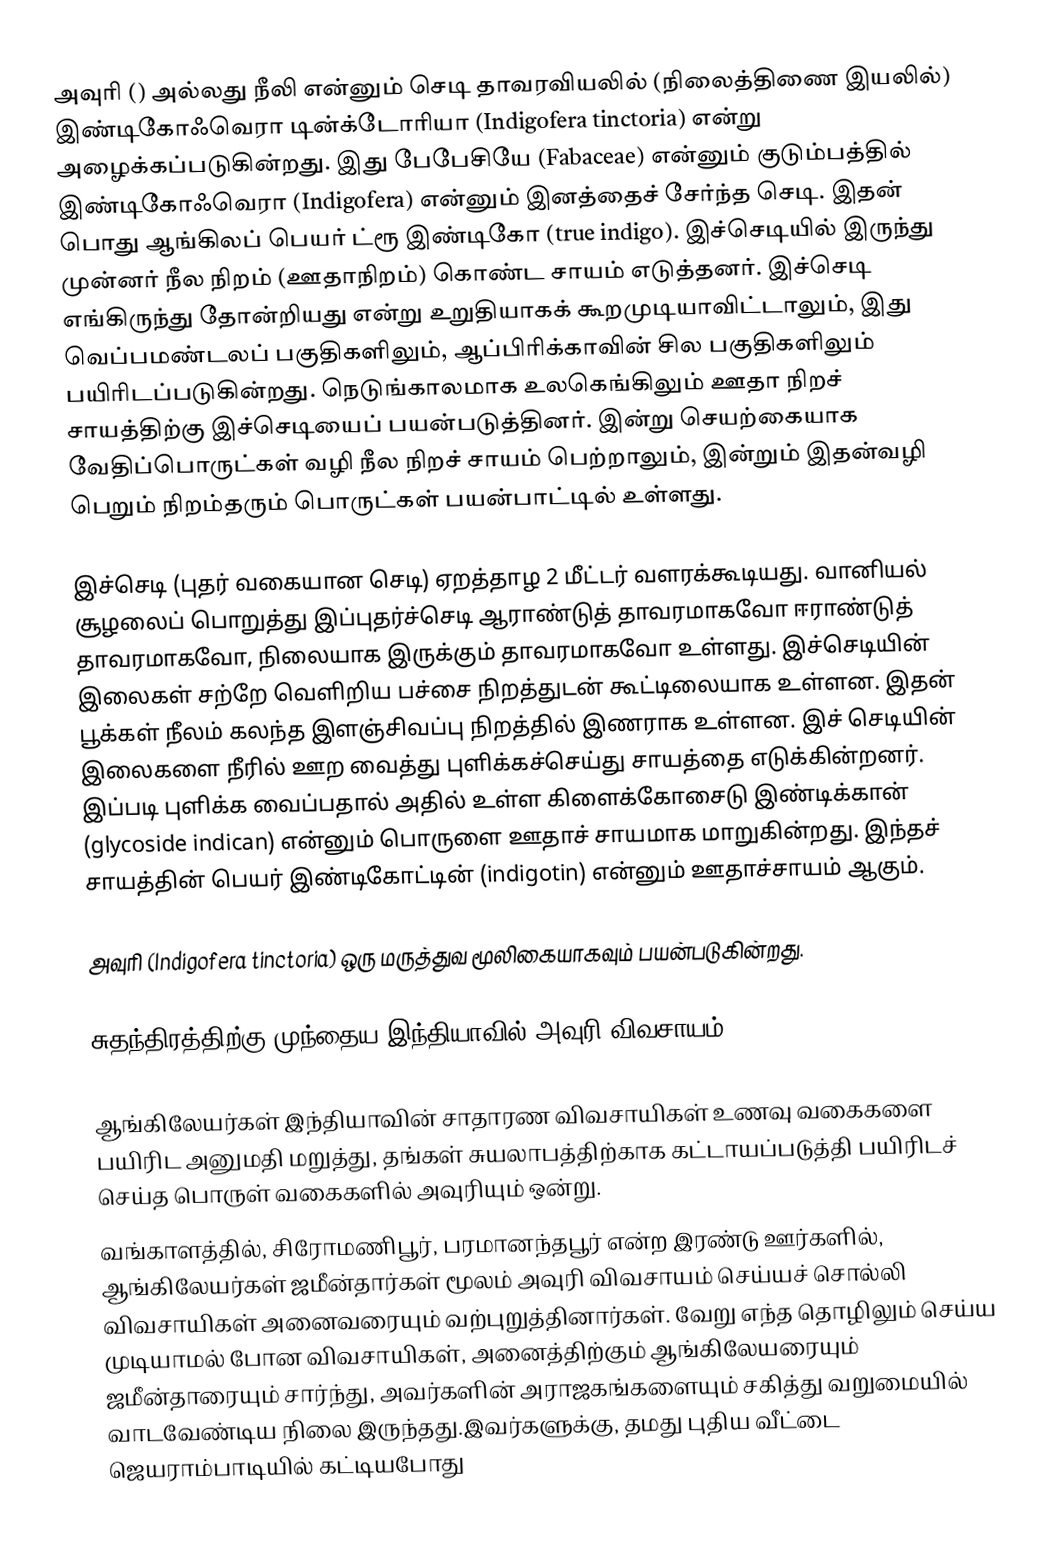
அவுரி () அல்லது நீலி என்னும் செடி தாவரவியலில் (நிலைத்திணை இயலில்) இண்டிகோஃவெரா டின்க்டோரியா (Indigofera tinctoria) என்று அழைக்கப்படுகின்றது. இது பேபேசியே (Fabaceae) என்னும் குடும்பத்தில் இண்டிகோஃவெரா (Indigofera) என்னும் இனத்தைச் சேர்ந்த செடி. இதன் பொது ஆங்கிலப் பெயர் ட்ரூ இண்டிகோ (true indigo). இச்செடியில் இருந்து முன்னர் நீல நிறம் (ஊதாநிறம்) கொண்ட சாயம் எடுத்தனர். இச்செடி எங்கிருந்து தோன்றியது என்று உறுதியாகக் கூறமுடியாவிட்டாலும், இது வெப்பமண்டலப் பகுதிகளிலும், ஆப்பிரிக்காவின் சில பகுதிகளிலும் பயிரிடப்படுகின்றது. நெடுங்காலமாக உலகெங்கிலும் ஊதா நிறச் சாயத்திற்கு இச்செடியைப் பயன்படுத்தினர். இன்று செயற்கையாக வேதிப்பொருட்கள் வழி நீல நிறச் சாயம் பெற்றாலும், இன்றும் இதன்வழி பெறும் நிறம்தரும் பொருட்கள் பயன்பாட்டில் உள்ளது.

இச்செடி (புதர் வகையான செடி) ஏறத்தாழ 2 மீட்டர் வளரக்கூடியது. வானியல் சூழலைப் பொறுத்து இப்புதர்ச்செடி ஆராண்டுத் தாவரமாகவோ ஈராண்டுத் தாவரமாகவோ, நிலையாக இருக்கும் தாவரமாகவோ உள்ளது. இச்செடியின் இலைகள் சற்றே வெளிறிய பச்சை நிறத்துடன் கூட்டிலையாக உள்ளன. இதன் பூக்கள் நீலம் கலந்த இளஞ்சிவப்பு நிறத்தில் இணராக உள்ளன. இச் செடியின் இலைகளை நீரில் ஊற வைத்து புளிக்கச்செய்து சாயத்தை எடுக்கின்றனர். இப்படி புளிக்க வைப்பதால் அதில் உள்ள கிளைக்கோசைடு இண்டிக்கான் (glycoside indican) என்னும் பொருளை ஊதாச் சாயமாக மாறுகின்றது. இந்தச் சாயத்தின் பெயர் இண்டிகோட்டின் (indigotin) என்னும் ஊதாச்சாயம் ஆகும்.

அவுரி (Indigofera tinctoria) ஒரு மருத்துவ மூலிகையாகவும் பயன்படுகின்றது.

சுதந்திரத்திற்கு முந்தைய இந்தியாவில் அவுரி விவசாயம்

 ஆங்கிலேயர்கள் இந்தியாவின் சாதாரண விவசாயிகள் உணவு வகைகளை பயிரிட அனுமதி மறுத்து, தங்கள் சுயலாபத்திற்காக கட்டாயப்படுத்தி பயிரிடச் செய்த பொருள் வகைகளில் அவுரியும் ஒன்று.
 வங்காளத்தில், சிரோமணிபூர், பரமானந்தபூர் என்ற இரண்டு ஊர்களில், ஆங்கிலேயர்கள் ஜமீன்தார்கள் மூலம் அவுரி விவசாயம் செய்யச் சொல்லி விவசாயிகள் அனைவரையும் வற்புறுத்தினார்கள். வேறு எந்த தொழிலும் செய்ய முடியாமல் போன விவசாயிகள், அனைத்திற்கும் ஆங்கிலேயரையும் ஜமீன்தாரையும் சார்ந்து, அவர்களின் அராஜகங்களையும் சகித்து வறுமையில் வாடவேண்டிய நிலை இருந்தது.இவர்களுக்கு, தமது புதிய வீட்டை ஜெயராம்பாடியில் கட்டியபோது